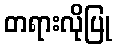
တရားလိုပြု